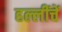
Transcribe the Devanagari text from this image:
हल्लींचें